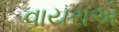
વાયરાએ